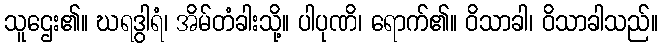
သူဌေး၏။ ဃရဒွါရံ၊ အိမ်တံခါးသို့။ ပါပုဏိ၊ ရောက်၏။ ဝိသာခါ၊ ဝိသာခါသည်။